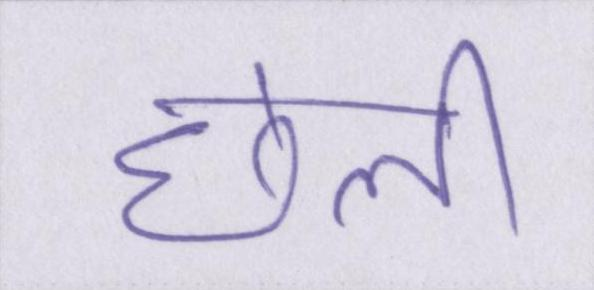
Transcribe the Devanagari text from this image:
छली